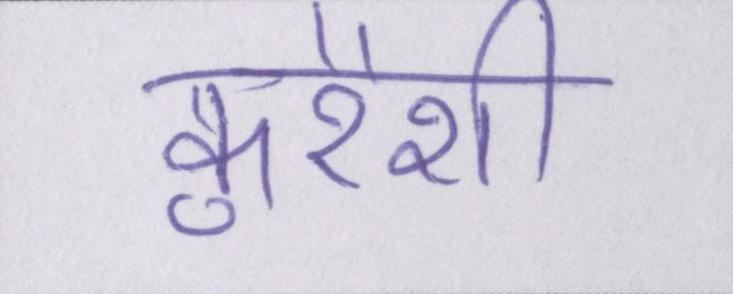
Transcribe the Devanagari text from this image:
कुरैशी